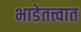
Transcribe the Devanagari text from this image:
भाडेतत्त्वात